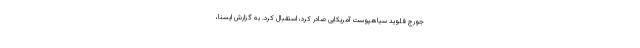
جورج فلوید سیاهپوست آمریکایی صادر کرد، استقبال کرد. به گزارش ایسنا،